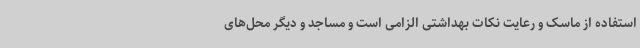
استفاده از ماسک و رعایت نکات بهداشتی الزامی است و مساجد و دیگر محل‌های